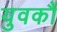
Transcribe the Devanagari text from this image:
युवकौं